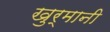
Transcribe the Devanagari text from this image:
खुर्मानी